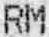
RM